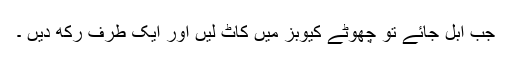
جب ابل جائے تو چھوٹے کیوبز میں کاٹ لیں اور ایک طرف رکھ دیں ۔